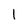
Character: 1